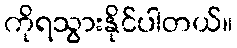
ကိုရသွားနိုင်ပါတယ်။